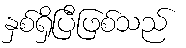
နှစ်ရှိပြီဖြစ်သည်